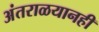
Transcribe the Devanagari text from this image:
अंतराळयानही